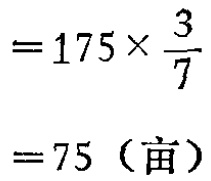
\[

\begin{align*}

&=175\times\frac{3}{7}\\

&=75（亩）

\end{align*}

\]